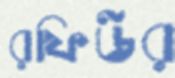
রফিউর